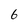
Character: 6